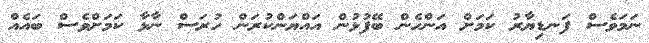
ނަމަވެސް ފަނޑިޔާރު ކަމަށް އަންހެން ބޭފުޅުން އައްޔަންކުރަން ހުރަސް ނާޅާ ކަމަށްވެސް ބައެއް